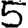
Digit: 5